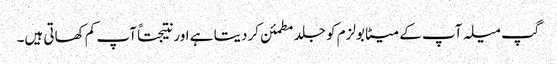
گپ میلہ آپ کے میٹابولزم کو جلد مطمئن کردیتا ہے اور نتیجتاً آپ کم کھاتی ہیں۔